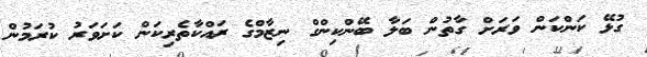
ގުޅޭ ކަންކަން ވަރަށް ގާތުން ބަލާ ބޭންކިންގް ނިޒާމްގެ ރައްކާތެރިކަން ކަށަވަރު ކުރަމުން